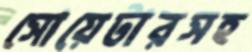
সোয়েটারসহ